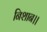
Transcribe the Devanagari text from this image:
निशान।।